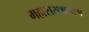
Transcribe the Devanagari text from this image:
महासंस्थानाम